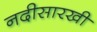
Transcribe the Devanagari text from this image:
नदीसारखी